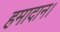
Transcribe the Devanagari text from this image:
हमादान।